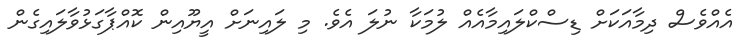
އެއްވެސް ދިމާއަކަށް ޑިސްކްލައިމާއެއް ލުމަކާ ނުލަ އެވެ. މި ލައިނަށް އީޔޫއިން ކޮއްޕާގަޅުވާލައިގެން